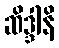
ဆိဒ္ဒါနိ